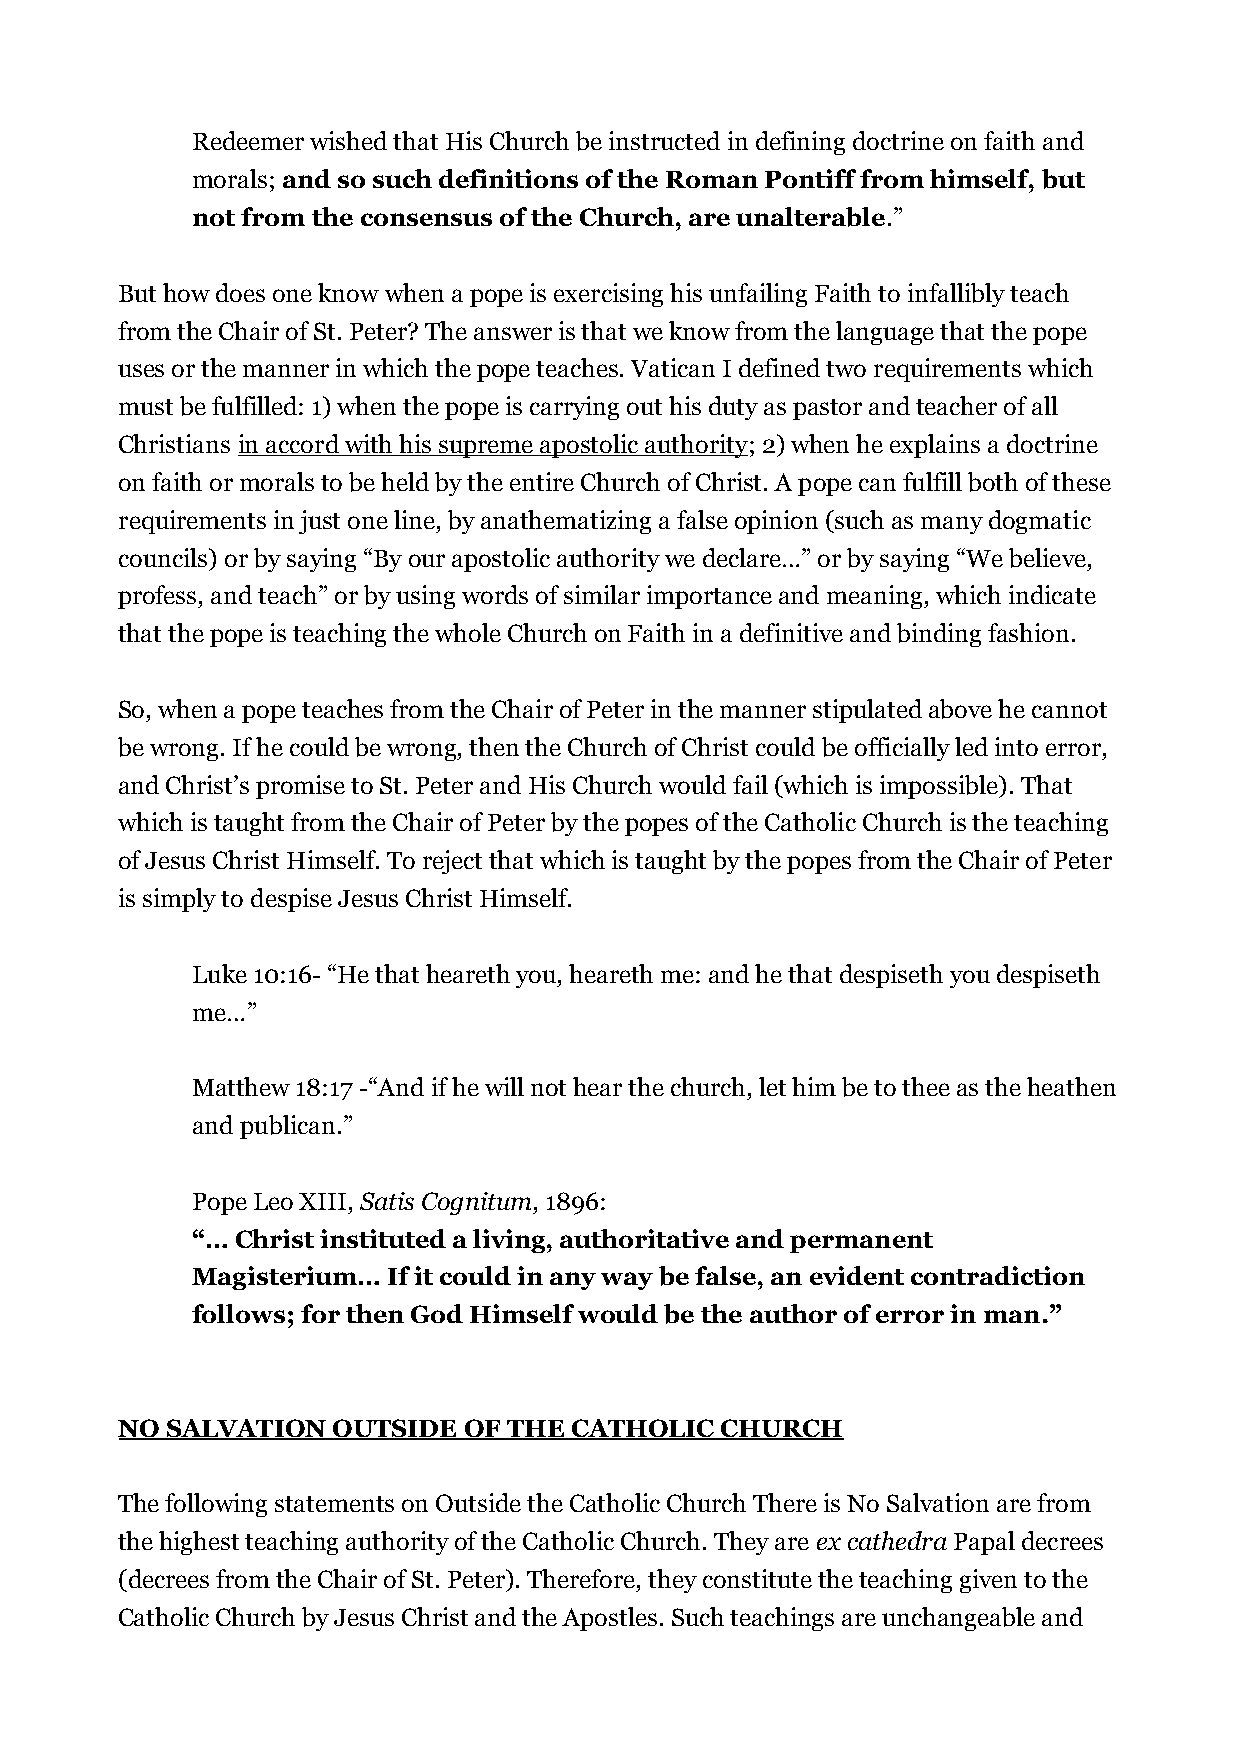
Redeemer wished that His Church be instructed in defining doctrine on faith and
 morals; and so such definitions of the Roman Pontiff from himself, but
 not from the consensus of the Church, are unalterable.”
 But how does one know when a pope is exercising his unfailing Faith to infallibly teach
 from the Chair of St. Peter? The answer is that we know from the language that the pope
 uses or the manner in which the pope teaches. Vatican I defined two requirements which
 must be fulfilled: 1) when the pope is carrying out his duty as pastor and teacher of all
 Christians in accord with his supreme apostolic authority; 2) when he explains a doctrine
 on faith or morals to be held by the entire Church of Christ. A pope can fulfill both of these
 requirements in just one line, by anathematizing a false opinion (such as many dogmatic
 councils) or by saying “By our apostolic authority we declare…” or by saying “We believe,
 profess, and teach” or by using words of similar importance and meaning, which indicate
 that the pope is teaching the whole Church on Faith in a definitive and binding fashion.
 So, when a pope teaches from the Chair of Peter in the manner stipulated above he cannot
 be wrong. If he could be wrong, then the Church of Christ could be officially led into error,
 and Christ’s promise to St. Peter and His Church would fail (which is impossible). That
 which is taught from the Chair of Peter by the popes of the Catholic Church is the teaching
 of Jesus Christ Himself. To reject that which is taught by the popes from the Chair of Peter
 is simply to despise Jesus Christ Himself.
 Luke 10:16- “He that heareth you, heareth me: and he that despiseth you despiseth
 me…”
 Matthew 18:17 -“And if he will not hear the church, let him be to thee as the heathen
 and publican.”
 Pope Leo XIII, Satis Cognitum, 1896:
 “… Christ instituted a living, authoritative and permanent
 Magisterium… If it could in any way be false, an evident contradiction
 follows; for then God Himself would be the author of error in man.”
 NO SALVATION  OUTSIDE  OF THE CATHOLIC  CHURCH
 The following statements on Outside the Catholic Church There is No Salvation are from
 the highest teaching authority of the Catholic Church. They are ex cathedra Papal decrees
 (decrees from the Chair of St. Peter). Therefore, they constitute the teaching given to the
 Catholic Church by Jesus Christ and the Apostles. Such teachings are unchangeable and